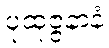
ပုထုဇ္ဇနာနံ